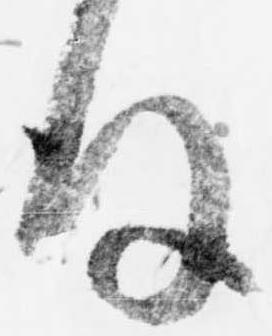
後